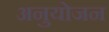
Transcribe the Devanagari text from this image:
अनुयोजन